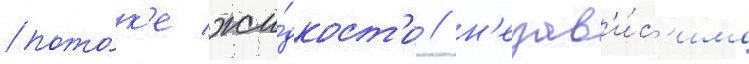
пото́к'е жи́дкост'и / н'езав'и́с'имо